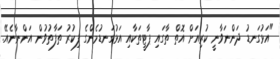
"އަޅުގަނޑު ދަންނަވާނީ ކުރިއަށް އޮތް ތާގައި ޕާޓީތަކާއި އަޅުގަނޑުމެންގެ ފިކުރު ތަފާތުވުން އަންނާނެއޭ.